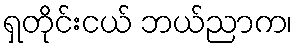
ရှတိုင်းငယ် ဘယ်ညာက၊